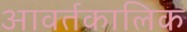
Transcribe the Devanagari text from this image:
आवर्तकालिक